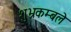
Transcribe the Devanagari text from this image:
शुभ्रकम्बले